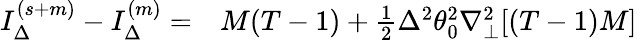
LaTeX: \begin{array}{rl}{I_{\Delta}^{(s+m)}-I_{\Delta}^{(m)}=}&{{}M(T-1)+\frac{1}{2}\Delta^{2}\theta_{0}^{2}\nabla_{\perp}^{2}[(T-1)M]}\end{array}